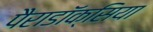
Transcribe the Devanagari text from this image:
पैराडॉक्सिया